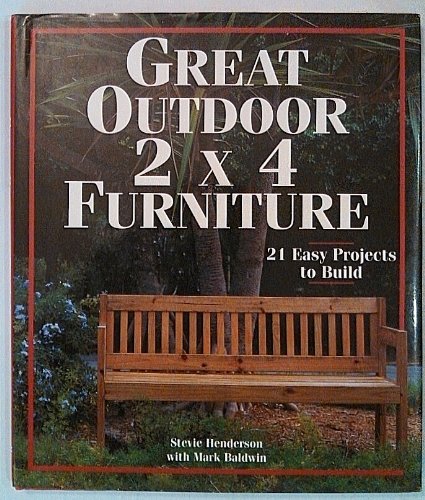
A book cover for Great Outdoor 2 X 4 Furniture: 21 Easy Projects To Build; Stevie Henderson; Crafts, Hobbies & Home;